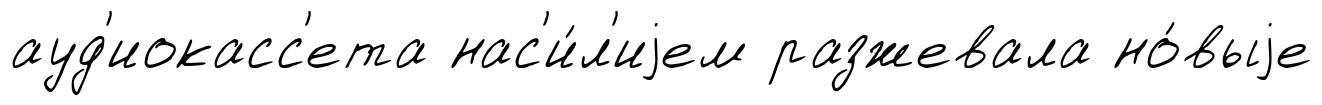
ауд'иокасс'ета нас'и́л'иjем разжевала но́выjе